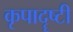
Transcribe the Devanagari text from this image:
कृपादॄष्टी